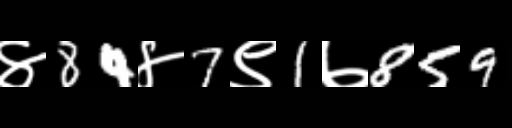
Text: ४84४7९1७859